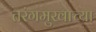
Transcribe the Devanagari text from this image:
तरंगमुखाच्या